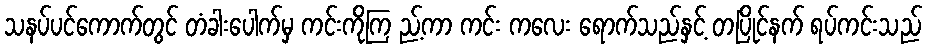
သနပ်ပင်ကောက်တွင် တံခါးပေါက်မှ ကင်းကိုကြ ည့်ကာ ကင်း ကလေး ရောက်သည်နှင့် တပြိုင်နက် ရပ်ကင်းသည်